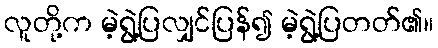
လူတို့က မဲ့ရွဲ့ပြလျှင်ပြန်၍ မဲ့ရွဲ့ပြတတ်၏။